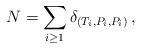
LaTeX: \begin{align*}{N} = \sum_{i\geq 1} \delta_{(T_i,P_i,P_i)}\,,\end{align*}